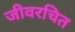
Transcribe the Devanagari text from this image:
जीवरचित